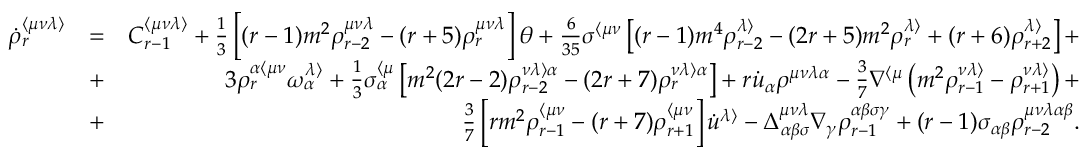
\begin{array} { r l r } { \dot { \rho } _ { r } ^ { \langle \mu \nu \lambda \rangle } } & { = } & { C _ { r - 1 } ^ { \langle \mu \nu \lambda \rangle } + \frac { 1 } { 3 } \left[ ( r - 1 ) m ^ { 2 } \rho _ { r - 2 } ^ { \mu \nu \lambda } - ( r + 5 ) \rho _ { r } ^ { \mu \nu \lambda } \right] \theta + \frac { 6 } { 3 5 } \sigma ^ { \langle \mu \nu } \left[ ( r - 1 ) m ^ { 4 } \rho _ { r - 2 } ^ { \lambda \rangle } - ( 2 r + 5 ) m ^ { 2 } \rho _ { r } ^ { \lambda \rangle } + ( r + 6 ) \rho _ { r + 2 } ^ { \lambda \rangle } \right] + } \\ & { + } & { 3 \rho _ { r } ^ { \alpha \langle \mu \nu } \omega ^ { \lambda \rangle } _ { \alpha } + \frac { 1 } { 3 } \sigma _ { \alpha } ^ { \langle \mu } \left[ m ^ { 2 } ( 2 r - 2 ) \rho _ { r - 2 } ^ { \nu \lambda \rangle \alpha } - ( 2 r + 7 ) \rho _ { r } ^ { \nu \lambda \rangle \alpha } \right] + r \dot { u } _ { \alpha } \rho ^ { \mu \nu \lambda \alpha } - \frac { 3 } { 7 } \nabla ^ { \langle \mu } \left( m ^ { 2 } \rho _ { r - 1 } ^ { \nu \lambda \rangle } - \rho _ { r + 1 } ^ { \nu \lambda \rangle } \right) + } \\ & { + } & { \frac { 3 } { 7 } \left[ r m ^ { 2 } \rho _ { r - 1 } ^ { \langle \mu \nu } - ( r + 7 ) \rho _ { r + 1 } ^ { \langle \mu \nu } \right] \dot { u } ^ { \lambda \rangle } - \Delta _ { \alpha \beta \sigma } ^ { \mu \nu \lambda } \nabla _ { \gamma } \rho _ { r - 1 } ^ { \alpha \beta \sigma \gamma } + ( r - 1 ) \sigma _ { \alpha \beta } \rho _ { r - 2 } ^ { \mu \nu \lambda \alpha \beta } . } \end{array}